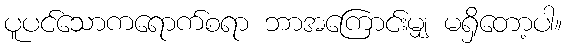
ပူပင်သောကရောက်စရာ ဘာအကြောင်းမျှ မရှိတော့ပါ။